system: You are a helpful assistant.
user:
Analyze the provided spectrum to determine if it is a **"Cataclysmic Variables (CV)"**.

- **Key Indicators for CV (Check for either state):**
    - **State 1: Quiescent / Low-State (Emission-Dominated)**
        - **(Primary):** Strong and *very broad* Hydrogen Balmer emission lines (e.g., $H\alpha$ at 6563 Å, $H\beta$ at 4861 Å). The 'broadness' (high velocity dispersion, often FWHM > 1000 km/s) is the key diagnostic, indicating a high-velocity accretion disk.
        - **(Secondary):** Broad neutral Helium (He I) emission lines (e.g., 5876 Å, 6678 Å).
        - **(Key Confirmation):** Presence of high-excitation *ionized* Helium (He II) emission at 4686 Å. This is a strong indicator of accretion onto a white dwarf.
        - **(Line Profile):** Emission lines may exhibit a 'double-peaked' profile, which is a classic signature of a rotating accretion disk viewed at high inclination.

    - **State 2: Outburst / High-State (Absorption-Dominated)**
        - **(Primary):** Spectrum is dominated by a bright, blue continuum (looks like a hot star).
        - **(Secondary):** The emission lines from State 1 are weak, absent, or 'filled in', and are replaced by broad, shallow *absorption* lines (primarily Balmer and He I).
        - **(Morphology):** The overall spectrum mimics a hot B/A-type star. The crucial difference is that the absorption lines are significantly broader, shallower, and more 'washed-out' (or 'smeared') than the sharp lines of a normal stellar photosphere, due to high rotational speeds and pressure broadening in the disk.

Think first, call **spectral_visualization_tool** if needed to examine features in detail, then provide your final answer. Your response must adhere to the following strict rules:
1.  **Overall Structure:** Your response must follow the format `<think>...</think> <tool_call>...</tool_call> (if a tool is used) <answer>...</answer>`.
2.  **Tool Usage Constraint:** You may only make **one** tool call per turn.
3.  **Final Answer Format:** In the `<answer>` tag, your conclusion must be inside a `\boxed{}` command (e.g., `\boxed{YES}`), followed by your justification.

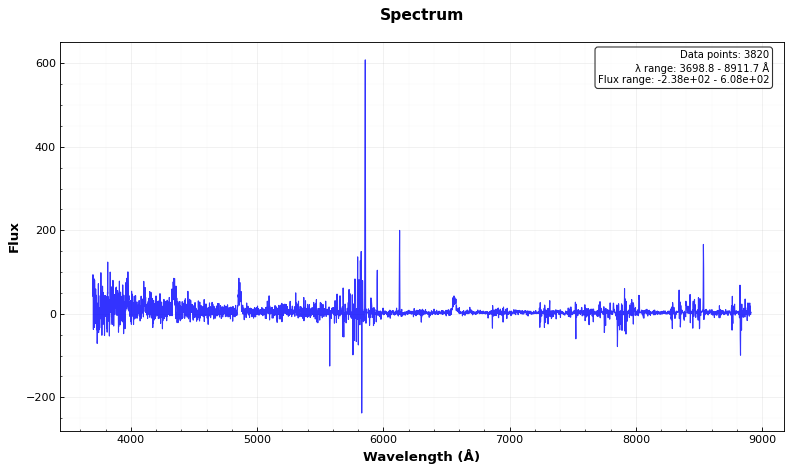
Answer: YES